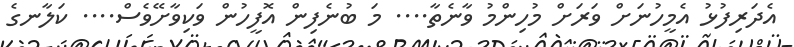
އެދަރިފުޅު އެމީހުނަށް ވަރަށް މުހިންމު ވާނެތާ.... މަ ބުނެފިން އޮފީހުން ވަކިވާށޭވެސް.... ކަލާނގެ